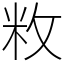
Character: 敉